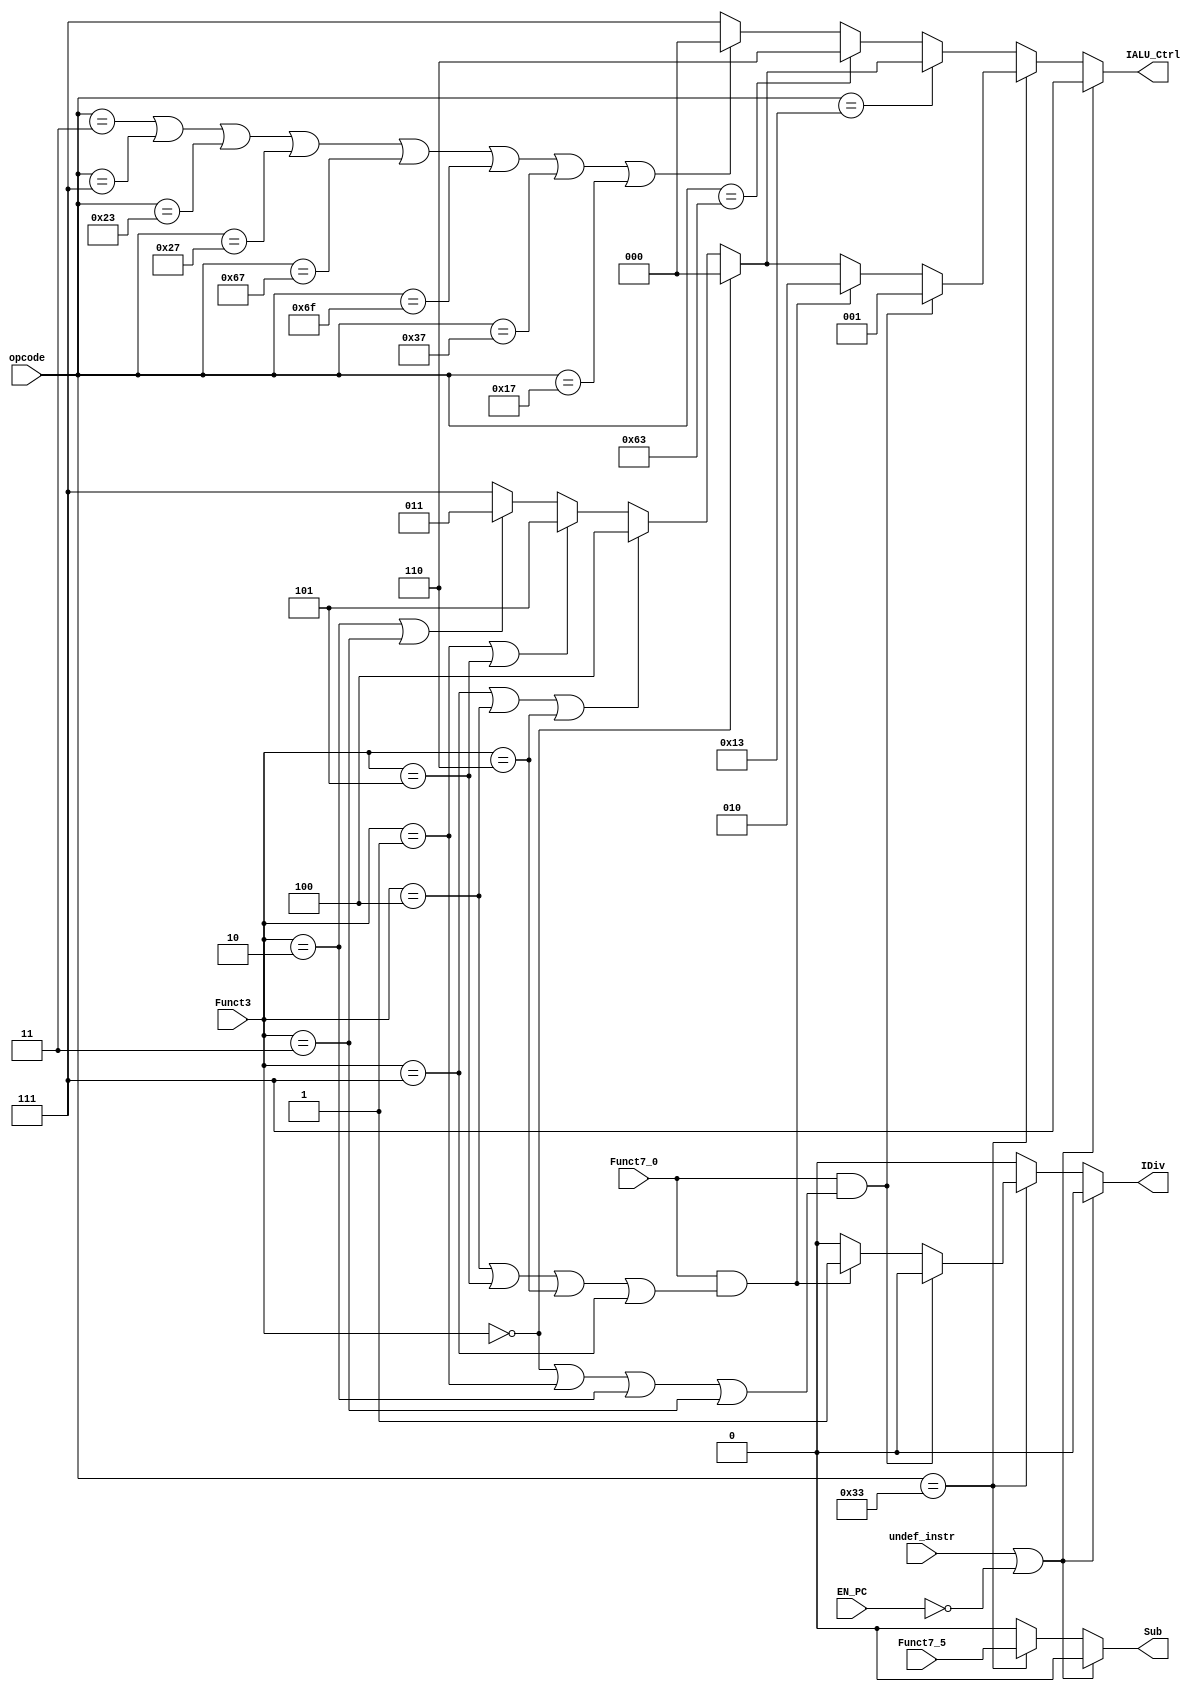
(* DONT_TOUCH = "TRUE" *) module IALU_Control
#(
	parameter ALU_DECODER_IN = 3
)
(
	// Input
	input  wire [2:0] Funct3,
	input  wire       Funct7_5,
	input  wire       Funct7_0,
	input  wire       EN_PC,
	input  wire [6:0] opcode,
	input  wire       undef_instr,     
	// Output
	output reg  [ALU_DECODER_IN-1:0] IALU_Ctrl,
	output reg           			 Sub,
	output reg       				 IDiv
);

// Supported ISA Based on the opcode
// Integer Instrustions
// R_TYPE Format
localparam R_TYPE_I = 7'b0110011;

// I_Type Format
localparam IMM 		= 7'b0010011;
localparam LOAD_I   = 7'b0000011;
localparam LOAD_F   = 7'b0000111;
localparam JALR     = 7'b1100111;

// S_Type
localparam STORE_I  = 7'b0100011;
localparam STORE_F  = 7'b0100111;
// SB_Type
localparam BRANCH 	= 7'b1100011; 

// UJ_Type
localparam JAL      = 7'b1101111;

// U_Type
localparam LUI 	    = 7'b0110111;
localparam AUIPC    = 7'b0010111;

always @(*) begin

	IDiv      = 1'b0;
	Sub       = 1'b0;
	IALU_Ctrl = 3'b111;

	if (undef_instr || !EN_PC) begin
		IALU_Ctrl = 3'b111;
	end
	else if (opcode == R_TYPE_I) begin
		Sub = Funct7_5;
		if (Funct7_0 && (Funct3 == 3'b000 || Funct3 == 3'b001 || Funct3 == 3'b010 || Funct3 == 3'b011)) begin
			IALU_Ctrl = 3'b001;
		end
		else if (Funct7_0 && (Funct3 == 3'b100 || Funct3 == 3'b101 || Funct3 == 3'b110 || Funct3 == 3'b111)) begin
			IALU_Ctrl = 3'b010;
			IDiv      = 1'b1;
		end
		else if (Funct3 == 3'b000) begin
			IALU_Ctrl = 3'b000;
		end
		else if (Funct3 == 3'b111 || Funct3 == 3'b100 || Funct3 == 3'b110) begin
			IALU_Ctrl = 3'b100;
		end
		else if (Funct3 == 3'b001 || Funct3 == 3'b101) begin
			IALU_Ctrl = 3'b101;
		end
		else if (Funct3 == 3'b010 || Funct3 == 3'b011) begin
			IALU_Ctrl = 3'b011;
		end
		else begin
			IALU_Ctrl = 3'b111;
		end
	end
	else if (opcode == IMM) begin
		if (Funct3 == 3'b000) begin
			IALU_Ctrl = 3'b000;
		end
		else if (Funct3 == 3'b111 || Funct3 == 3'b100 || Funct3 == 3'b110) begin
			IALU_Ctrl = 3'b100;
		end
		else if (Funct3 == 3'b001 || Funct3 == 3'b101) begin
			IALU_Ctrl = 3'b101;
		end
		else if (Funct3 == 3'b010 || Funct3 == 3'b011) begin
			IALU_Ctrl = 3'b011;
		end
		else begin
			IALU_Ctrl = 3'b111;
		end
	end
	else if (opcode == BRANCH) begin
		IALU_Ctrl = 3'b110;
	end
	else if (opcode == LOAD_I || opcode == LOAD_F || opcode == STORE_I || opcode == STORE_F || opcode == JALR || opcode == JAL || opcode == LUI || opcode == AUIPC) begin
		IALU_Ctrl = 3'b000;
	end
	else begin
		IALU_Ctrl = 3'b111;
	end
end

endmodule